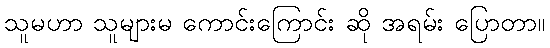
သူမဟာ သူများမ ကောင်းကြောင်း ဆို အရမ်း ပြောတာ။